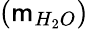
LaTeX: (\mathsf{m}_{H_{2}O})